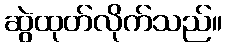
ဆွဲထုတ်လိုက်သည်။